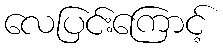
လေပြင်းကြောင့်